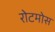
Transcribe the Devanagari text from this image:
रोटमोस